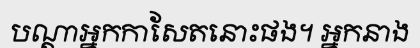
បណ្តាអ្នកកាសែតនោះផង។ អ្នកនាង